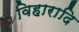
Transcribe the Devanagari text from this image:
विहारादि